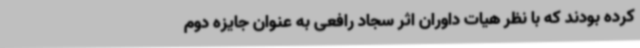
کرده بودند که با نظر هیات داوران اثر سجاد رافعی به عنوان جایزه دوم